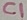
Text: C1